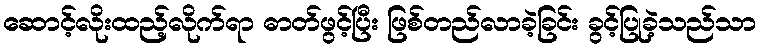
ဆောင့်လိုးထည့်လိုက်ရာ ဓာတ်ဖွင့်ပြီး ဖြစ်တည်လာခဲ့ခြင်း ခွင့်ပြုခဲ့သည်သာ